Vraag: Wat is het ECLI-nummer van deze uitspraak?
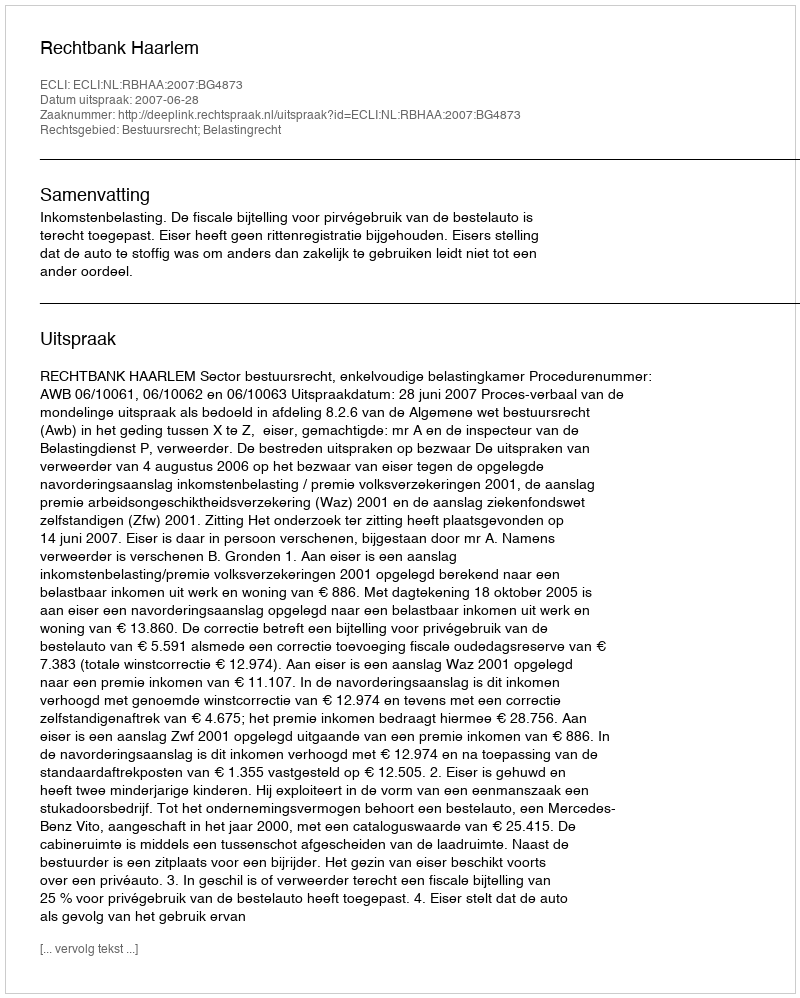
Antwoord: ECLI:NL:RBHAA:2007:BG4873